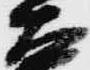
右